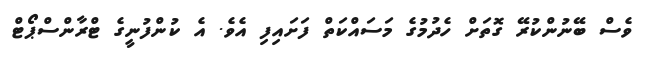
ވެސް ބޭނުންކުރޭ ގޮތަށް ހެދުމުގެ މަސައްކަތް ފަށައިފި އެވެ. އެ ކުންފުނީގެ ޓްރާންސްޕޯޓް